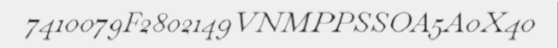
7410079F2802149VNMPPSSOA5A0X40